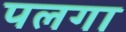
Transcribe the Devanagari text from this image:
पलगा